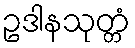
ဥဒါနသုတ္တံ